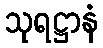
သုရဋ္ဌာနံ